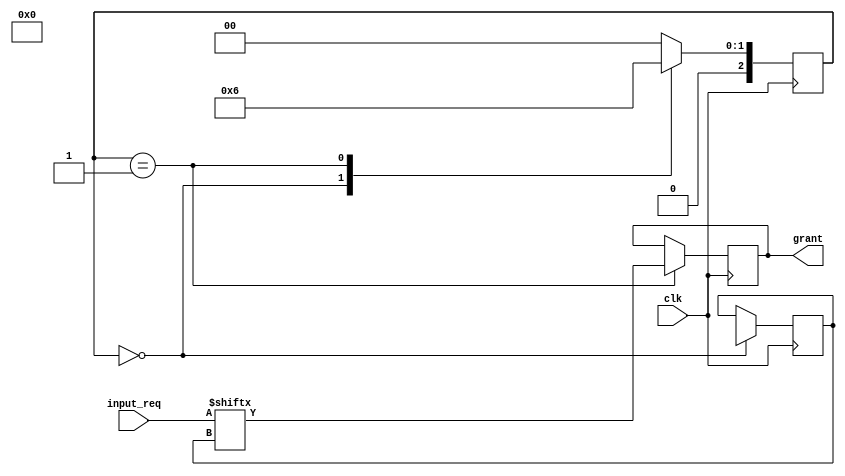
module Random_Arbiter (
  input wire clk,
  input wire [7:0] input_req,
  output wire grant
);

reg [7:0] random_num;
reg [2:0] state;

always @(posedge clk) begin
  case (state)
    3'b000: begin
      random_num <= $random;
      state <= 3'b001;
    end
    3'b001: begin
      grant <= input_req[random_num];
      state <= 3'b010;
    end
    3'b010: begin
      // Grant access for specific duration
      state <= 3'b000;
    end
    default: begin
      state <= 3'b000;
    end
  endcase
end

endmodule